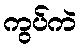
ကွပ်ကဲ